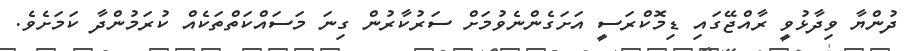
ދުންޔާ ވިދާޅުވީ ރާއްޖޭގައި ޑިމޮކްރަސީ އަށަގެންނެވުމަށް ސަރުކާރުން ގިނަ މަސައްކަތްތަކެއް ކުރަމުންދާ ކަމަށެވެ.